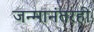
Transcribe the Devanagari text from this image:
जन्मानंतरही